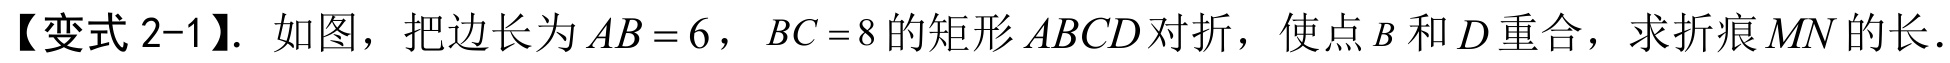
【变式 2-1】. 如图，把边长为 \(AB = 6\)，\(BC = 8\) 的矩形 \(ABCD\) 对折，使点 \(B\) 和 \(D\) 重合，求折痕 \(MN\) 的长.